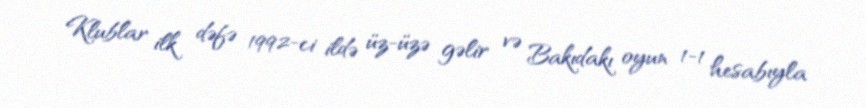
Klublar ilk dəfə 1992-ci ildə üz-üzə gəlir və Bakıdakı oyun 1-1 hesabıyla